Annual vaccination report of Bihar and Orissa - 1911-1928
Year: 1911
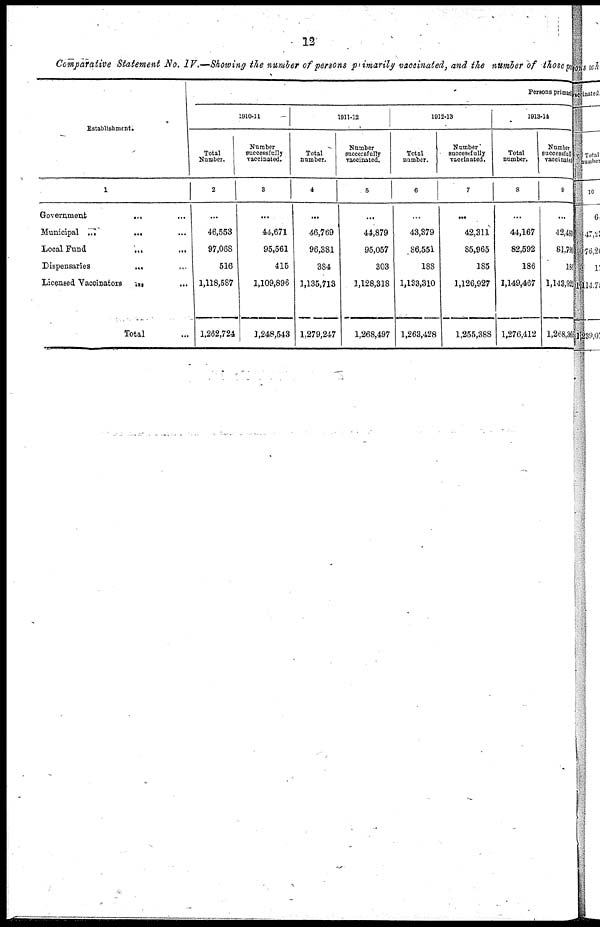
12
Comparative Statement No. IV.—Showing the number of persons primarily vaccinated, and the number of those per
Establishment.
1
Government
...
...
Municipal
...
...
...
Local Fund
...
...
Dispensaries ... ...
Licensed Vaccinators ... ...
Total ...
Persons primary
1910-11
Total
Number.
2
...
46,553
97,068
516
1,118,587
1,262,724
Number
successfully
vaccinated.
3
...
44,671
95,561
415
1,109,896
1,248,543
1911-12
Total
number.
4
...
46,769
96,381
384
1,135,713
1,279,247
Number
successfully
vaccinated.
5
...
44,879
95,057
303
1,128,318
1,268,497
1912-13
Total
number.
6
...
43,379
86,55l
188
1,133,310
1,263,428
Number
successfully
vaccinated.
7
...
42,311
85,965
185
1,126,927
1,255,388
1913-14
Total
number.
8
...
44,167
82,592
186
1,149,467
1,276,412
Number
successfully
vaccinated.
9
...
42,480
81,790
186
1,143,922
1,268,368